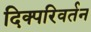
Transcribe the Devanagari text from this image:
दिक्परिवर्तन